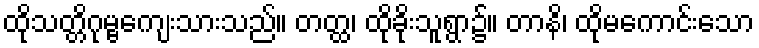
ထိုသတ္တိဂုမ္ဗကျေးသားသည်။ တတ္ထ၊ ထိုခိုးသူရွာ၌။ တာနိ၊ ထိုမကောင်းသော